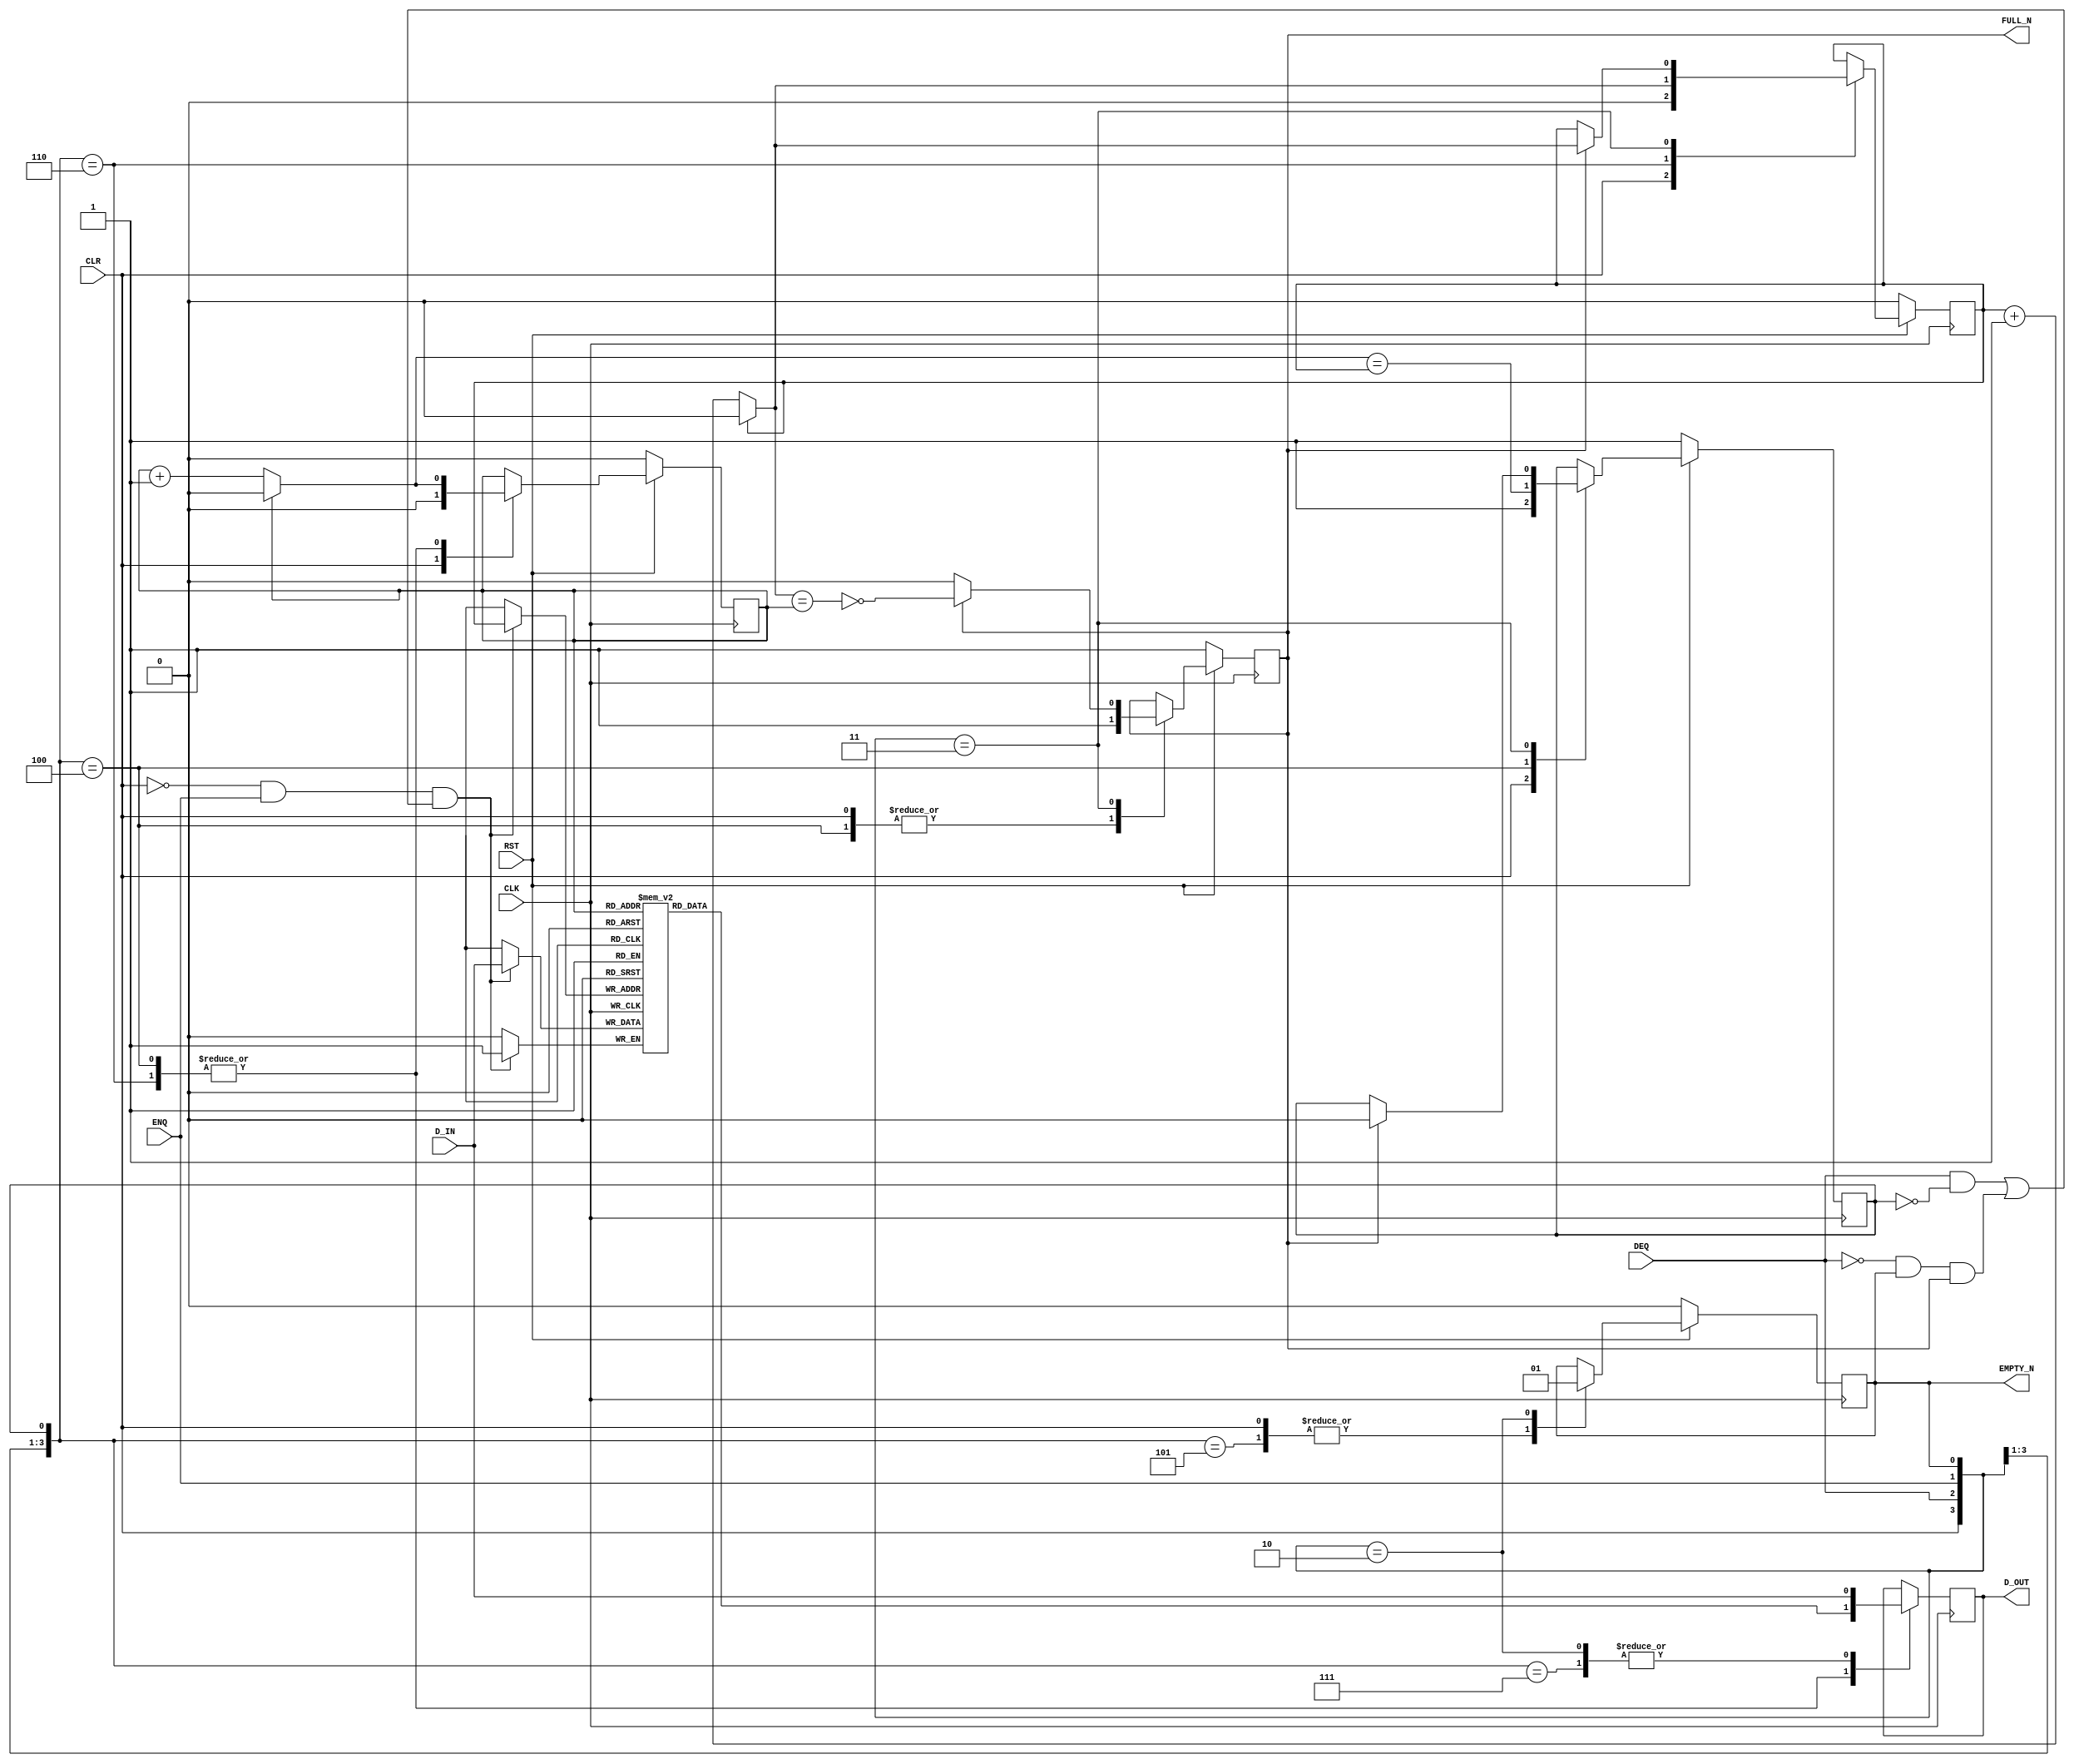

// Copyright (c) 2000-2012 Bluespec, Inc.

// Permission is hereby granted, free of charge, to any person obtaining a copy
// of this software and associated documentation files (the "Software"), to deal
// in the Software without restriction, including without limitation the rights
// to use, copy, modify, merge, publish, distribute, sublicense, and/or sell
// copies of the Software, and to permit persons to whom the Software is
// furnished to do so, subject to the following conditions:

// The above copyright notice and this permission notice shall be included in
// all copies or substantial portions of the Software.

// THE SOFTWARE IS PROVIDED "AS IS", WITHOUT WARRANTY OF ANY KIND, EXPRESS OR
// IMPLIED, INCLUDING BUT NOT LIMITED TO THE WARRANTIES OF MERCHANTABILITY,
// FITNESS FOR A PARTICULAR PURPOSE AND NONINFRINGEMENT. IN NO EVENT SHALL THE
// AUTHORS OR COPYRIGHT HOLDERS BE LIABLE FOR ANY CLAIM, DAMAGES OR OTHER
// LIABILITY, WHETHER IN AN ACTION OF CONTRACT, TORT OR OTHERWISE, ARISING FROM,
// OUT OF OR IN CONNECTION WITH THE SOFTWARE OR THE USE OR OTHER DEALINGS IN
// THE SOFTWARE.
//
// $Revision: 29755 $
// $Date: 2012-10-22 13:58:12 +0000 (Mon, 22 Oct 2012) $

`ifdef BSV_ASSIGNMENT_DELAY
`else
  `define BSV_ASSIGNMENT_DELAY
`endif

`ifdef BSV_POSITIVE_RESET
  `define BSV_RESET_VALUE 1'b1
  `define BSV_RESET_EDGE posedge
`else
  `define BSV_RESET_VALUE 1'b0
  `define BSV_RESET_EDGE negedge
`endif

`ifdef BSV_ASYNC_RESET
 `define BSV_ARESET_EDGE_META or `BSV_RESET_EDGE RST
`else
 `define BSV_ARESET_EDGE_META
`endif

`ifdef BSV_RESET_FIFO_HEAD
 `define BSV_ARESET_EDGE_HEAD `BSV_ARESET_EDGE_META
`else
 `define BSV_ARESET_EDGE_HEAD
`endif

`ifdef BSV_RESET_FIFO_ARRAY
 `define BSV_ARESET_EDGE_ARRAY `BSV_ARESET_EDGE_META
`else
 `define BSV_ARESET_EDGE_ARRAY
`endif


// Sized fifo.  Model has output register which improves timing
module SizedFIFO(CLK, RST, D_IN, ENQ, FULL_N, D_OUT, DEQ, EMPTY_N, CLR);
   parameter               p1width = 1; // data width
   parameter               p2depth = 3;
   parameter               p3cntr_width = 1; // log(p2depth-1)
   // The -1 is allowed since this model has a fast output register
   parameter               guarded = 1;
   localparam              p2depth2 = (p2depth >= 2) ? (p2depth -2) : 0 ;

   input                   CLK;
   input                   RST;
   input                   CLR;
   input [p1width - 1 : 0] D_IN;
   input                   ENQ;
   input                   DEQ;

   output                  FULL_N;
   output                  EMPTY_N;
   output [p1width - 1 : 0] D_OUT;

   reg                      not_ring_full;
   reg                      ring_empty;

   reg [p3cntr_width-1 : 0] head;
   wire [p3cntr_width-1 : 0] next_head;

   reg [p3cntr_width-1 : 0]  tail;
   wire [p3cntr_width-1 : 0] next_tail;

   // if the depth is too small, don't create an ill-sized array;
   // instead, make a 1-sized array and let the initial block report an error
   reg [p1width - 1 : 0]     arr[0: p2depth2];

   reg [p1width - 1 : 0]     D_OUT;
   reg                       hasodata;

   wire [p3cntr_width-1:0]   depthLess2 = p2depth2[p3cntr_width-1:0] ;

   wire [p3cntr_width-1 : 0] incr_tail;
   wire [p3cntr_width-1 : 0] incr_head;

   assign                    incr_tail = tail + 1'b1 ;
   assign                    incr_head = head + 1'b1 ;

   assign    next_head = (head == depthLess2 ) ? {p3cntr_width{1'b0}} : incr_head ;
   assign    next_tail = (tail == depthLess2 ) ? {p3cntr_width{1'b0}} : incr_tail ;

   assign    EMPTY_N = hasodata;
   assign    FULL_N  = not_ring_full;

`ifdef BSV_NO_INITIAL_BLOCKS
`else // not BSV_NO_INITIAL_BLOCKS
   // synopsys translate_off
   initial
     begin : initial_block
        integer   i;
        D_OUT         = {((p1width + 1)/2){2'b10}} ;

        ring_empty    = 1'b1;
        not_ring_full = 1'b1;
        hasodata      = 1'b0;
        head          = {p3cntr_width {1'b0}} ;
        tail          = {p3cntr_width {1'b0}} ;

        for (i = 0; i <= p2depth2; i = i + 1)
          begin
             arr[i]   = D_OUT ;
          end
     end
   // synopsys translate_on
`endif // BSV_NO_INITIAL_BLOCKS


   always @(posedge CLK `BSV_ARESET_EDGE_META)
     begin
        if (RST == `BSV_RESET_VALUE)
          begin
             head <= `BSV_ASSIGNMENT_DELAY {p3cntr_width {1'b0}} ;
             tail <= `BSV_ASSIGNMENT_DELAY {p3cntr_width {1'b0}} ;
             ring_empty <= `BSV_ASSIGNMENT_DELAY 1'b1;
             not_ring_full <= `BSV_ASSIGNMENT_DELAY 1'b1;
             hasodata <= `BSV_ASSIGNMENT_DELAY 1'b0;
          end // if (RST == `BSV_RESET_VALUE)
        else
         begin

             casez ({CLR, DEQ, ENQ, hasodata, ring_empty})
               // Clear operation
               5'b1????: begin
                  head          <= `BSV_ASSIGNMENT_DELAY {p3cntr_width {1'b0}} ;
                  tail          <= `BSV_ASSIGNMENT_DELAY {p3cntr_width {1'b0}} ;
                  ring_empty    <= `BSV_ASSIGNMENT_DELAY 1'b1;
                  not_ring_full <= `BSV_ASSIGNMENT_DELAY 1'b1;
                  hasodata      <= `BSV_ASSIGNMENT_DELAY 1'b0;
               end
               // -----------------------
               // DEQ && ENQ case -- change head and tail if added to ring
               5'b011?0: begin
                  tail          <= `BSV_ASSIGNMENT_DELAY next_tail;
                  head          <= `BSV_ASSIGNMENT_DELAY next_head;
               end
               // -----------------------
               // DEQ only and NO data is in ring
               5'b010?1: begin
                  hasodata <= `BSV_ASSIGNMENT_DELAY 1'b0;
               end
               // DEQ only and data is in ring (move the head pointer)
               5'b010?0: begin
                  head          <= `BSV_ASSIGNMENT_DELAY next_head;
                  not_ring_full <= `BSV_ASSIGNMENT_DELAY 1'b1;
                  ring_empty    <= `BSV_ASSIGNMENT_DELAY next_head == tail ;
               end
               // -----------------------
               // ENQ only when empty
               5'b0010?: begin
                  hasodata      <= `BSV_ASSIGNMENT_DELAY 1'b1;
                  end
               // ENQ only when not empty
               5'b0011?: begin
                  if ( not_ring_full ) // Drop this test to save redundant test
                    // but be warnned that with test fifo overflow causes loss of new data
                    // while without test fifo drops all but head entry! (pointer overflow)
                   begin
                      tail          <= `BSV_ASSIGNMENT_DELAY next_tail;
                      ring_empty    <= `BSV_ASSIGNMENT_DELAY 1'b0;
                      not_ring_full <= `BSV_ASSIGNMENT_DELAY ! (next_tail == head) ;
                   end
               end
             endcase
         end // else: !if(RST == `BSV_RESET_VALUE)
     end // always @ (posedge CLK)

   // Update the fast data out register
   always @(posedge CLK `BSV_ARESET_EDGE_HEAD)
     begin
`ifdef  BSV_RESET_FIFO_HEAD
        if (RST == `BSV_RESET_VALUE)
          begin
             D_OUT    <= `BSV_ASSIGNMENT_DELAY {p1width {1'b0}} ;
          end // if (RST == `BSV_RESET_VALUE)
        else
`endif
        begin
             casez ({CLR, DEQ, ENQ, hasodata, ring_empty})
               // DEQ && ENQ cases
               5'b011?0: begin D_OUT <= `BSV_ASSIGNMENT_DELAY arr[head]; end
               5'b011?1: begin D_OUT <= `BSV_ASSIGNMENT_DELAY D_IN; end
               // DEQ only and data is in ring
               5'b010?0: begin D_OUT <= `BSV_ASSIGNMENT_DELAY arr[head]; end
               // ENQ only when empty
               5'b0010?: begin D_OUT <= `BSV_ASSIGNMENT_DELAY D_IN; end
             endcase
          end // else: !if(RST == `BSV_RESET_VALUE)
     end // always @ (posedge CLK)

   // Update the memory array  reset is OFF
   always @(posedge CLK `BSV_ARESET_EDGE_ARRAY)
     begin: array
`ifdef BSV_RESET_FIFO_ARRAY
        if (RST == `BSV_RESET_VALUE)
          begin: rst_array
             integer i;
             for (i = 0; i <= p2depth2 && p2depth > 2; i = i + 1)
               begin
                   arr[i]  <= `BSV_ASSIGNMENT_DELAY {p1width {1'b0}} ;
               end
          end // if (RST == `BSV_RESET_VALUE)
        else
`endif
         begin
            if (!CLR && ENQ && ((DEQ && !ring_empty) || (!DEQ && hasodata && not_ring_full)))
              begin
                 arr[tail] <= `BSV_ASSIGNMENT_DELAY D_IN;
              end
         end // else: !if(RST == `BSV_RESET_VALUE)
     end // always @ (posedge CLK)

   // synopsys translate_off
   always@(posedge CLK)
     begin: error_checks
        reg deqerror, enqerror ;

        deqerror =  0;
        enqerror = 0;
        if (RST == ! `BSV_RESET_VALUE)
           begin
              if ( ! EMPTY_N && DEQ )
                begin
                   deqerror = 1 ;
                   $display( "Warning: SizedFIFO: %m -- Dequeuing from empty fifo" ) ;
                end
              if ( ! FULL_N && ENQ && (!DEQ || guarded) )
                begin
                   enqerror =  1 ;
                   $display( "Warning: SizedFIFO: %m -- Enqueuing to a full fifo" ) ;
                end
           end
     end // block: error_checks
   // synopsys translate_on

   // synopsys translate_off
   // Some assertions about parameter values
   initial
     begin : parameter_assertions
        integer ok ;
        ok = 1 ;

        if ( p2depth <= 1)
          begin
             ok = 0;
             $display ( "Warning SizedFIFO: %m -- depth parameter increased from %0d to 2", p2depth);
          end

        if ( p3cntr_width <= 0 )
          begin
             ok = 0;
             $display ( "ERROR SizedFIFO: %m -- width parameter must be greater than 0" ) ;
          end

        if ( ok == 0 ) $finish ;

      end // initial begin
   // synopsys translate_on

endmodule